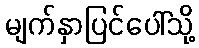
မျက်နှာပြင်ပေါ်သို့